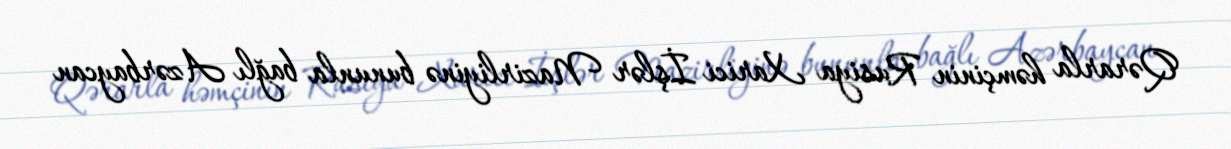
Qərarla həmçinin Rusiya Xarici İşlər Nazirliyinə bununla bağlı Azərbaycan